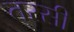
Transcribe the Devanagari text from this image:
तरसी